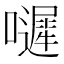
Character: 𡂙